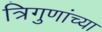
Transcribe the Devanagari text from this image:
त्रिगुणांच्या